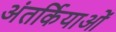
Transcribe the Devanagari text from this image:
अंतर्कियाओं